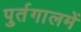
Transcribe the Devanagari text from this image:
पुर्तगालमें